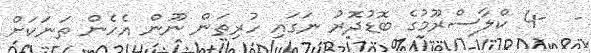
-  -4 ކްލާސްރޫމުގެ ބޮޑުދޮރު ނަގައި ހުރިތަން ނޫން އެހެން ތަނަކަށް